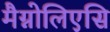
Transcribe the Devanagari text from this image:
मैग्नोलिएसि